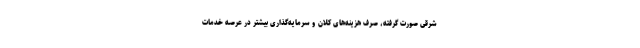
شرقی صورت گرفته، صرف هزینه‌های کلان و سرمایه‌گذاری بیشتر در عرصه خدمات